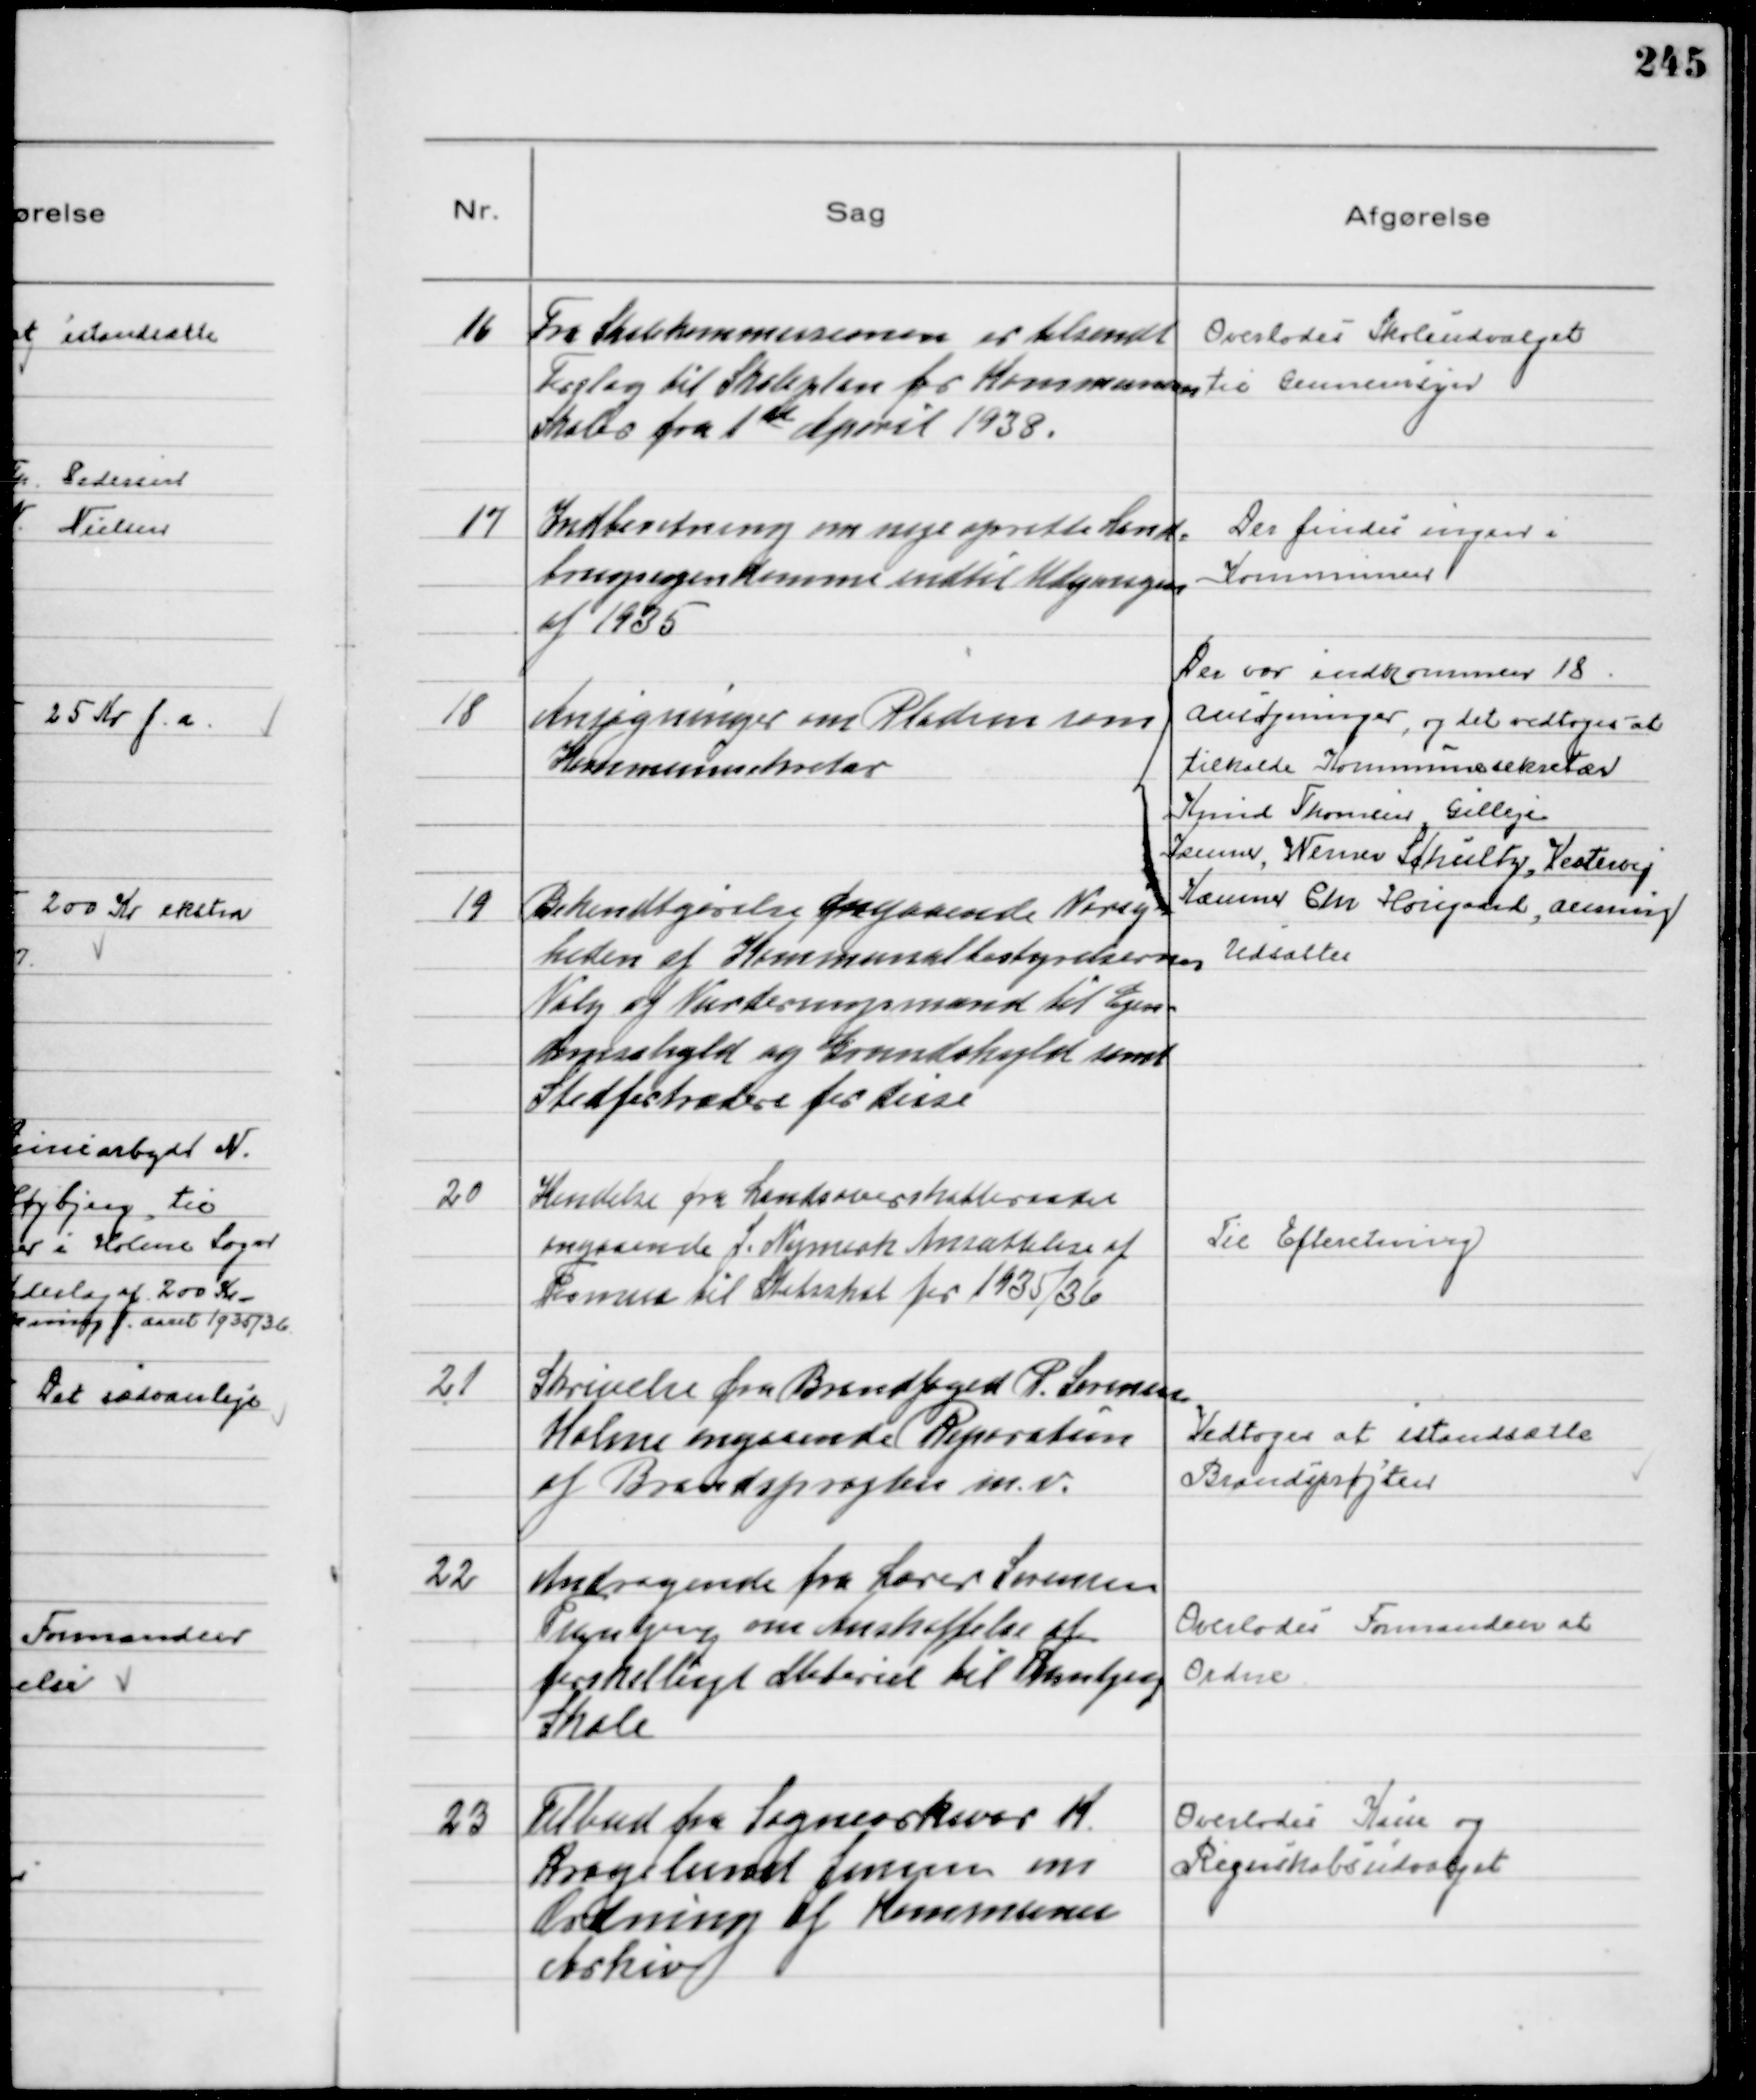
Transskription:
16
Fra Skolekommissionen er tilsendt
Forslag til Skoleplan for Kommunens
Skoler fra 1st April 1938.

Overlodes Skoleudvalget
til Gennemsyn

17
Indberetning om nye oprette Land-
brugsejendomme indtil Udgangen
af 1935

Der findes ingen i
Kommunen

18
Ansøgninger om Pladsen som
Kommunesekretær

Der var indkommen 18
Ansøgninger, og det vedtoges at
tilkalde Kommunesekretær
Knud Thomsen, Gilleje
Kæmner Werner Schulby, Vesterby
Kæmner Chr Hougaard, Auning

19
Bekendtgørelse angaaende Varig-
heden af Kommunalbestyrelsernes
Valg af Vurderingsmænd til Ejen-
domsskyld og Grundskyld samt
Stedfortrædere for disse

Udsattes

20
Kendelse fra Landsoverskatteraadet
angaaende J. Nymark Ansættelse af
Formue til Statsskat for 1935/36

Til Efteretning

21
Skrivelse fra Brandfoged P. Sørensen
Holme angaaende Reparation
af Brandsprøjten m.v.

Vedtoges at istandsætte
Brandsprøjten

22
Andragende fra Lærer Sørensen
Tranbjerg om Anskaffelse af
forskelligt Materiel til Tranbjerg
Skole

Overlodes Formanden at
Ordne

23
Tilbud fra Sognearkivar K.
Kragelund Jensen om
Ordning af Kommunens
Arkiv

Overlodes Kasse og
Regnskabsudvalget